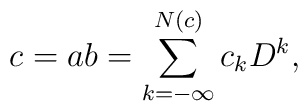
c = ab = \sum_{k=-\infty}^{N(c)} c_k D^k,